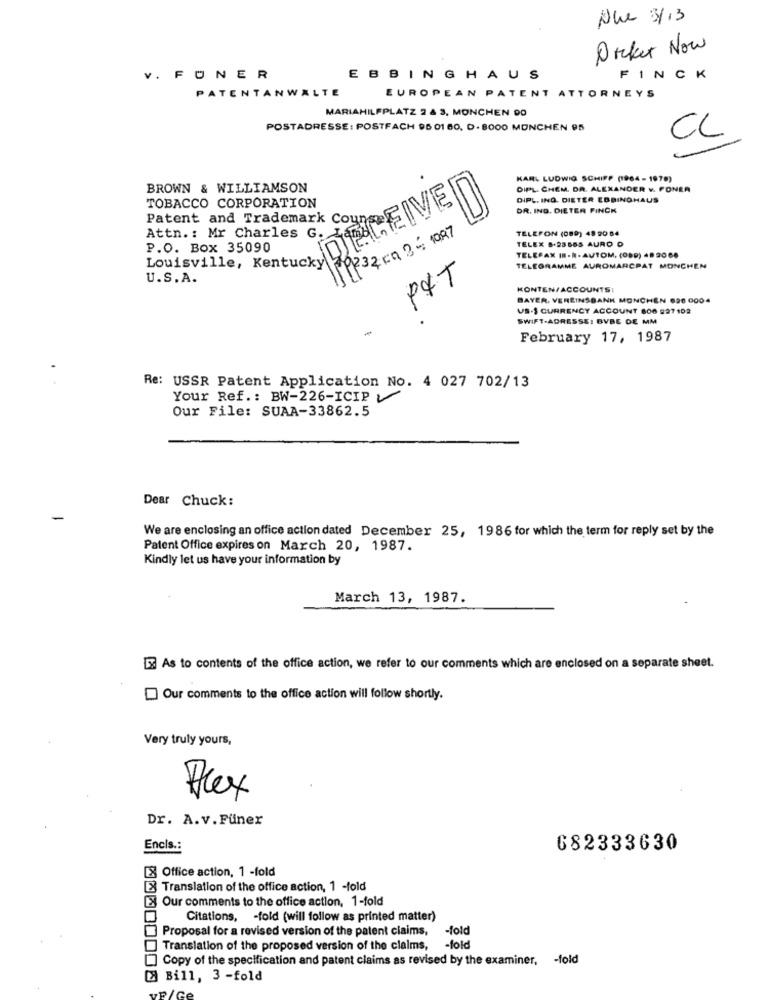
Nue 3/13
Dieket Now
V. FUNER
E BBINGHAUS
FINCK
PATENTANWALTE
EUROPEAN PATENT ATTORNEYS
MARIAHILFPLATZ 2 & 3, MONCHEN DO
POSTADRESSE: POSTFACH 96 01 60, D - 8000 MONCHEN 95
CL
KARL LUDWIG SCHIPP (1964-1978)
BROWN & WILLIAMSON
DIPL. CHEM. DR. ALEXANDER v. PONEA
TOBACCO CORPORATION
DIPL. ING. DIETER EBBINGHAUS
RECEIVE
DR. ING. DIETER PINCK
Patent and Trademark Couns
TELEFON (089) 49 90 84
Attn. : Mr Charles G. L
19232 Kg 36 1097
TELEX 5.23565 AURO O
P.O. Box 35090
TELEFAX IN-N-AUTOM. (080) 48 20 60
TELEGRAMME AUROMARCPAT MONCHEN
U.S.A.
P&T
KONTEN/ACCOUNTS:
BAYER. VEREINSBANK MONCHEN 626 0004
US-S CURRENCY ACCOUNT 806 927 102
SWIFT-ADRESSE: BVBE DE MM
February 17, 1987
Re: USSR Patent Application No. 4 027 702/13
Your Ref .: BW-226-ICIP V
Our File: SUAA-33862.5
Dear Chuck:
We are enclosing an office action dated December 25, 1986 for which the term for reply set by the
Patent Office expires on March 20, 1987.
Kindly let us have your information by
March 13, 1987.
As to contents of the office action, we refer to our comments which are enclosed on a separate sheet.
Our comments to the office action will follow shortly.
Very truly yours,
Dr. A.v.Füner
Encis .:
682333630
[X] Office action, 1 -fold
E Translation of the office action, 1 -fold
Our comments to the office action, 1-fold
Citations, - fold (will follow as printed matter)
Proposal for a revised version of the patent claims,
-fold
Translation of the proposed version of the claims,
-fold
Copy of the specification and patent claims as revised by the examiner, - fold
Bill, 3 -fold